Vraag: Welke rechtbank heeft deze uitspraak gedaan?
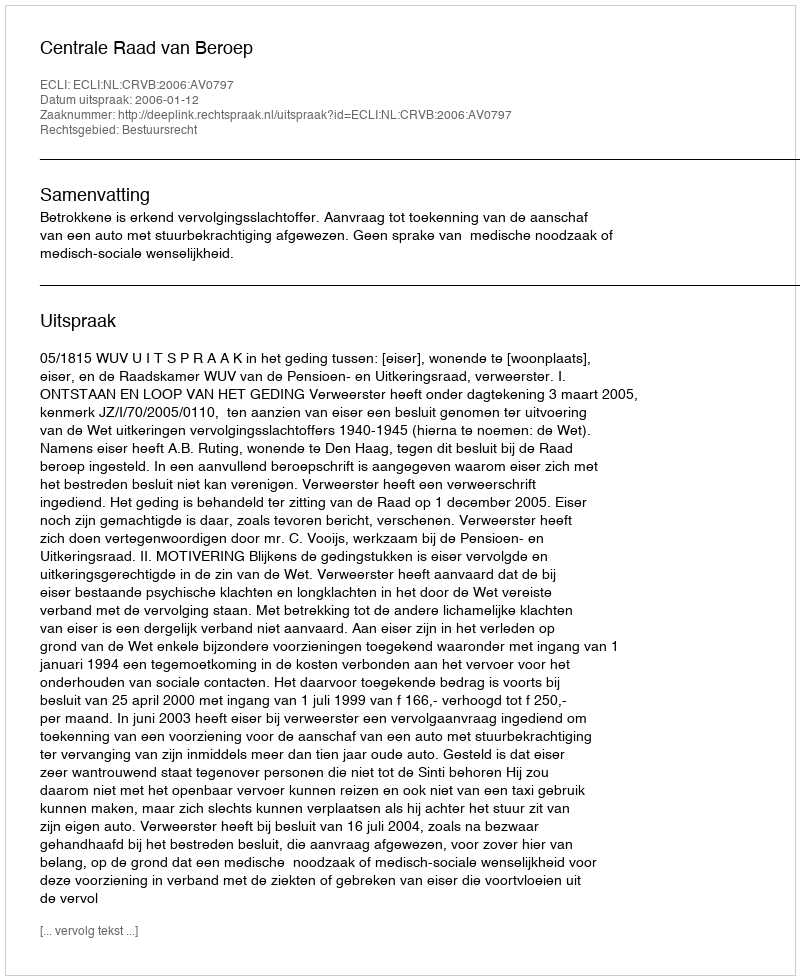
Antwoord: Centrale Raad van Beroep